Indian journal of veterinary science and animal husbandry - Volume 10,
Year: 1940
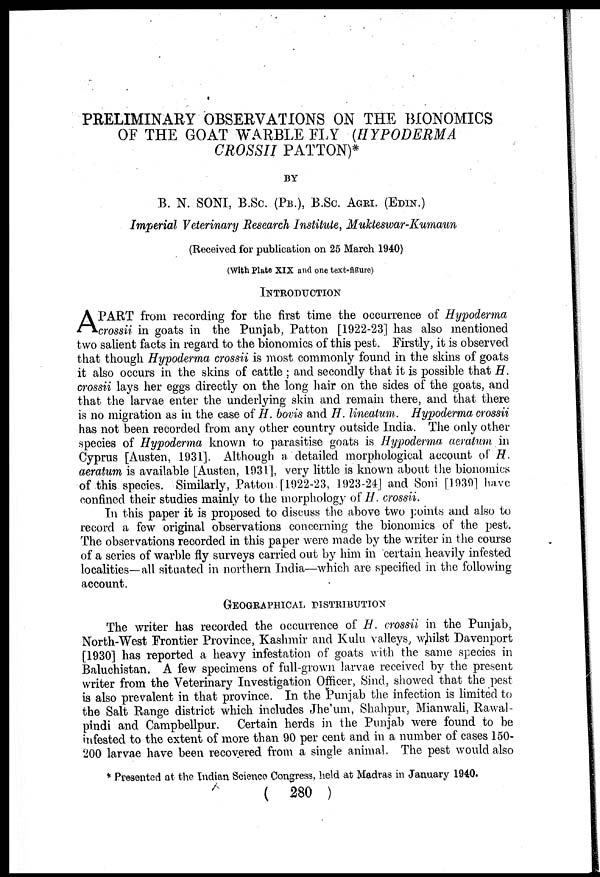
PRELIMINARY OBSERVATIONS ON THE BIONOMICS
OF THE GOAT WARBLE FLY (HYPODERMA
CROSSII PATTON)*
BY
B. N. SONI, B.Sc. (PB.), B.Sc. AGRI. (EDIN.)
Imperial Veterinary Research Institute, Mukteswar-Kumaun
(Received for publication on 25 March 1940)
(With Plate XIX and one text-figure)
INTRODUCTION
A PART from recording for the first time the occurrence of Hypoderma
crossii in goats in the Punjab, Patton [1922-23] has also mentioned
two salient facts in regard to the bionomics of this pest. Firstly, it is observed
that though Hypoderma crossii is most commonly found in the skins of goats
it also occurs in the skins of cattle ; and secondly that it is possible that H.
crossii lays her eggs directly on the long hair on the sides of the goats, and
that the larvae enter the underlying skin and remain there, and that there
is no migration as in the case of H. bovis and H. lineatum. Hypoderma crossii
has not been recorded from any other country outside India. The only other
species of Hypoderma known to parasitise goats is Hypoderma aeratum in
Cyprus [Austen, 1931]. Although a detailed morphological account of H.
aeratum is available [Austen, 1931], very little is known about the bionomics
of this species. Similarly, Patton [1922-23, 1923-24] and Soni [1939] have
confined their studies mainly to the morphology of H. crossii.
In this paper it is proposed to discuss the above two points and also to
record a few original observations concerning the bionomics of the pest.
The observations recorded in this paper were made by the writer in the course
of a series of warble fly surveys carried out by him in certain heavily infested
localities—all situated in northern India—which are specified in the following
account.
GEOGRAPHICAL DISTRIBUTION
The writer has recorded the occurrence of H. crossii in the Punjab,
North-West Frontier Province, Kashmir and Kulu valleys, whilst Davenport
[1930] has reported a heavy infestation of goats with the same species in
Baluchistan. A few specimens of full-grown larvae received by the present
writer from the Veterinary Investigation Officer, Sind, showed that the pest
is also prevalent in that province. In the Punjab the infection is limited to
the Salt Range district which includes Jhe'um, Shahpur, Mianwali, Rawal-
pindi and Campbellpur. Certain herds in the Punjab were found to be
infested to the extent of more than 90 per cent and in a number of cases 150-
200 larvae have been recovered from a single animal. The pest would also
* Presented at the Indian Science Congress, held at Madras in January 1940.
( 280 )